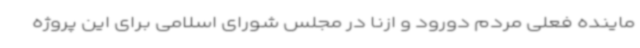
ماینده فعلی مردم دورود و ازنا در مجلس شورای اسلامی برای این پروژه